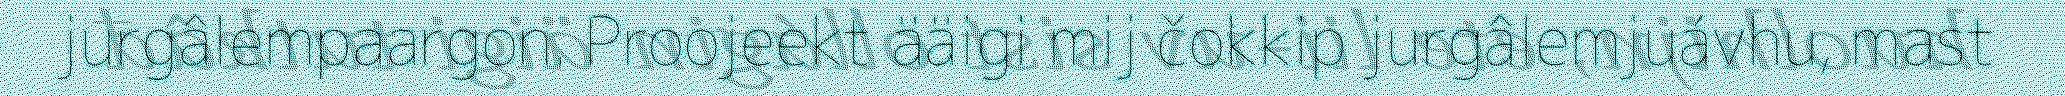
jurgâlempaargon. Proojeekt ääigi mij čokkip jurgâlemjuávhu, mast